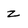
Character: z